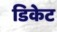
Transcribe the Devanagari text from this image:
डिकेट